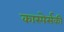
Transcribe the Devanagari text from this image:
कास्पेर्सकी